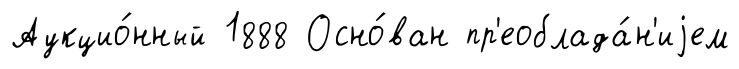
Аукцио́нный 1888 Осно́ван пр'еоблада́н'иjем